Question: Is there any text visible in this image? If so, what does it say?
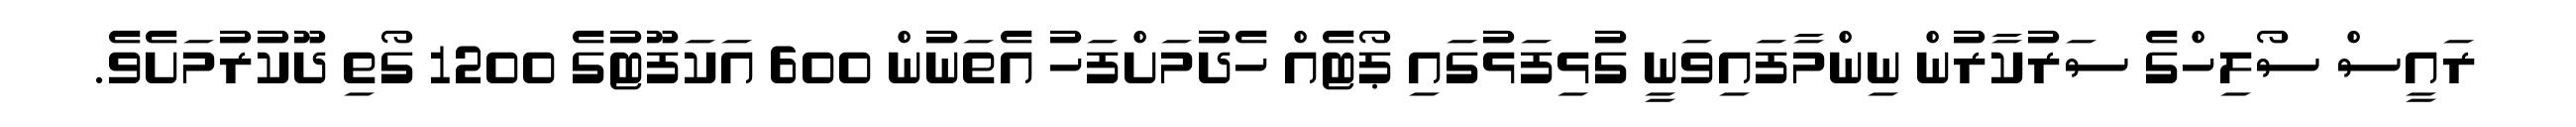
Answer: ރައީސް ސޯލިހްގެ ސަރުކާރުން ނިންމާފައިވަނީ ގުޅިފަޅުގައި ޕޯޓެއް ހެދުމަށްފަހު އެތަނުން 600 އަކަފޫޓުގެ 1200 ގޯތި ދޫކުރުމަށެވެ.